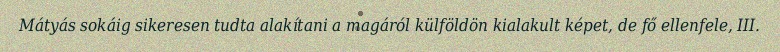
Mátyás sokáig sikeresen tudta alakítani a magáról külföldön kialakult képet, de fő ellenfele, III.